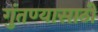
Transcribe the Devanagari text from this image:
गुंतण्यासाठी